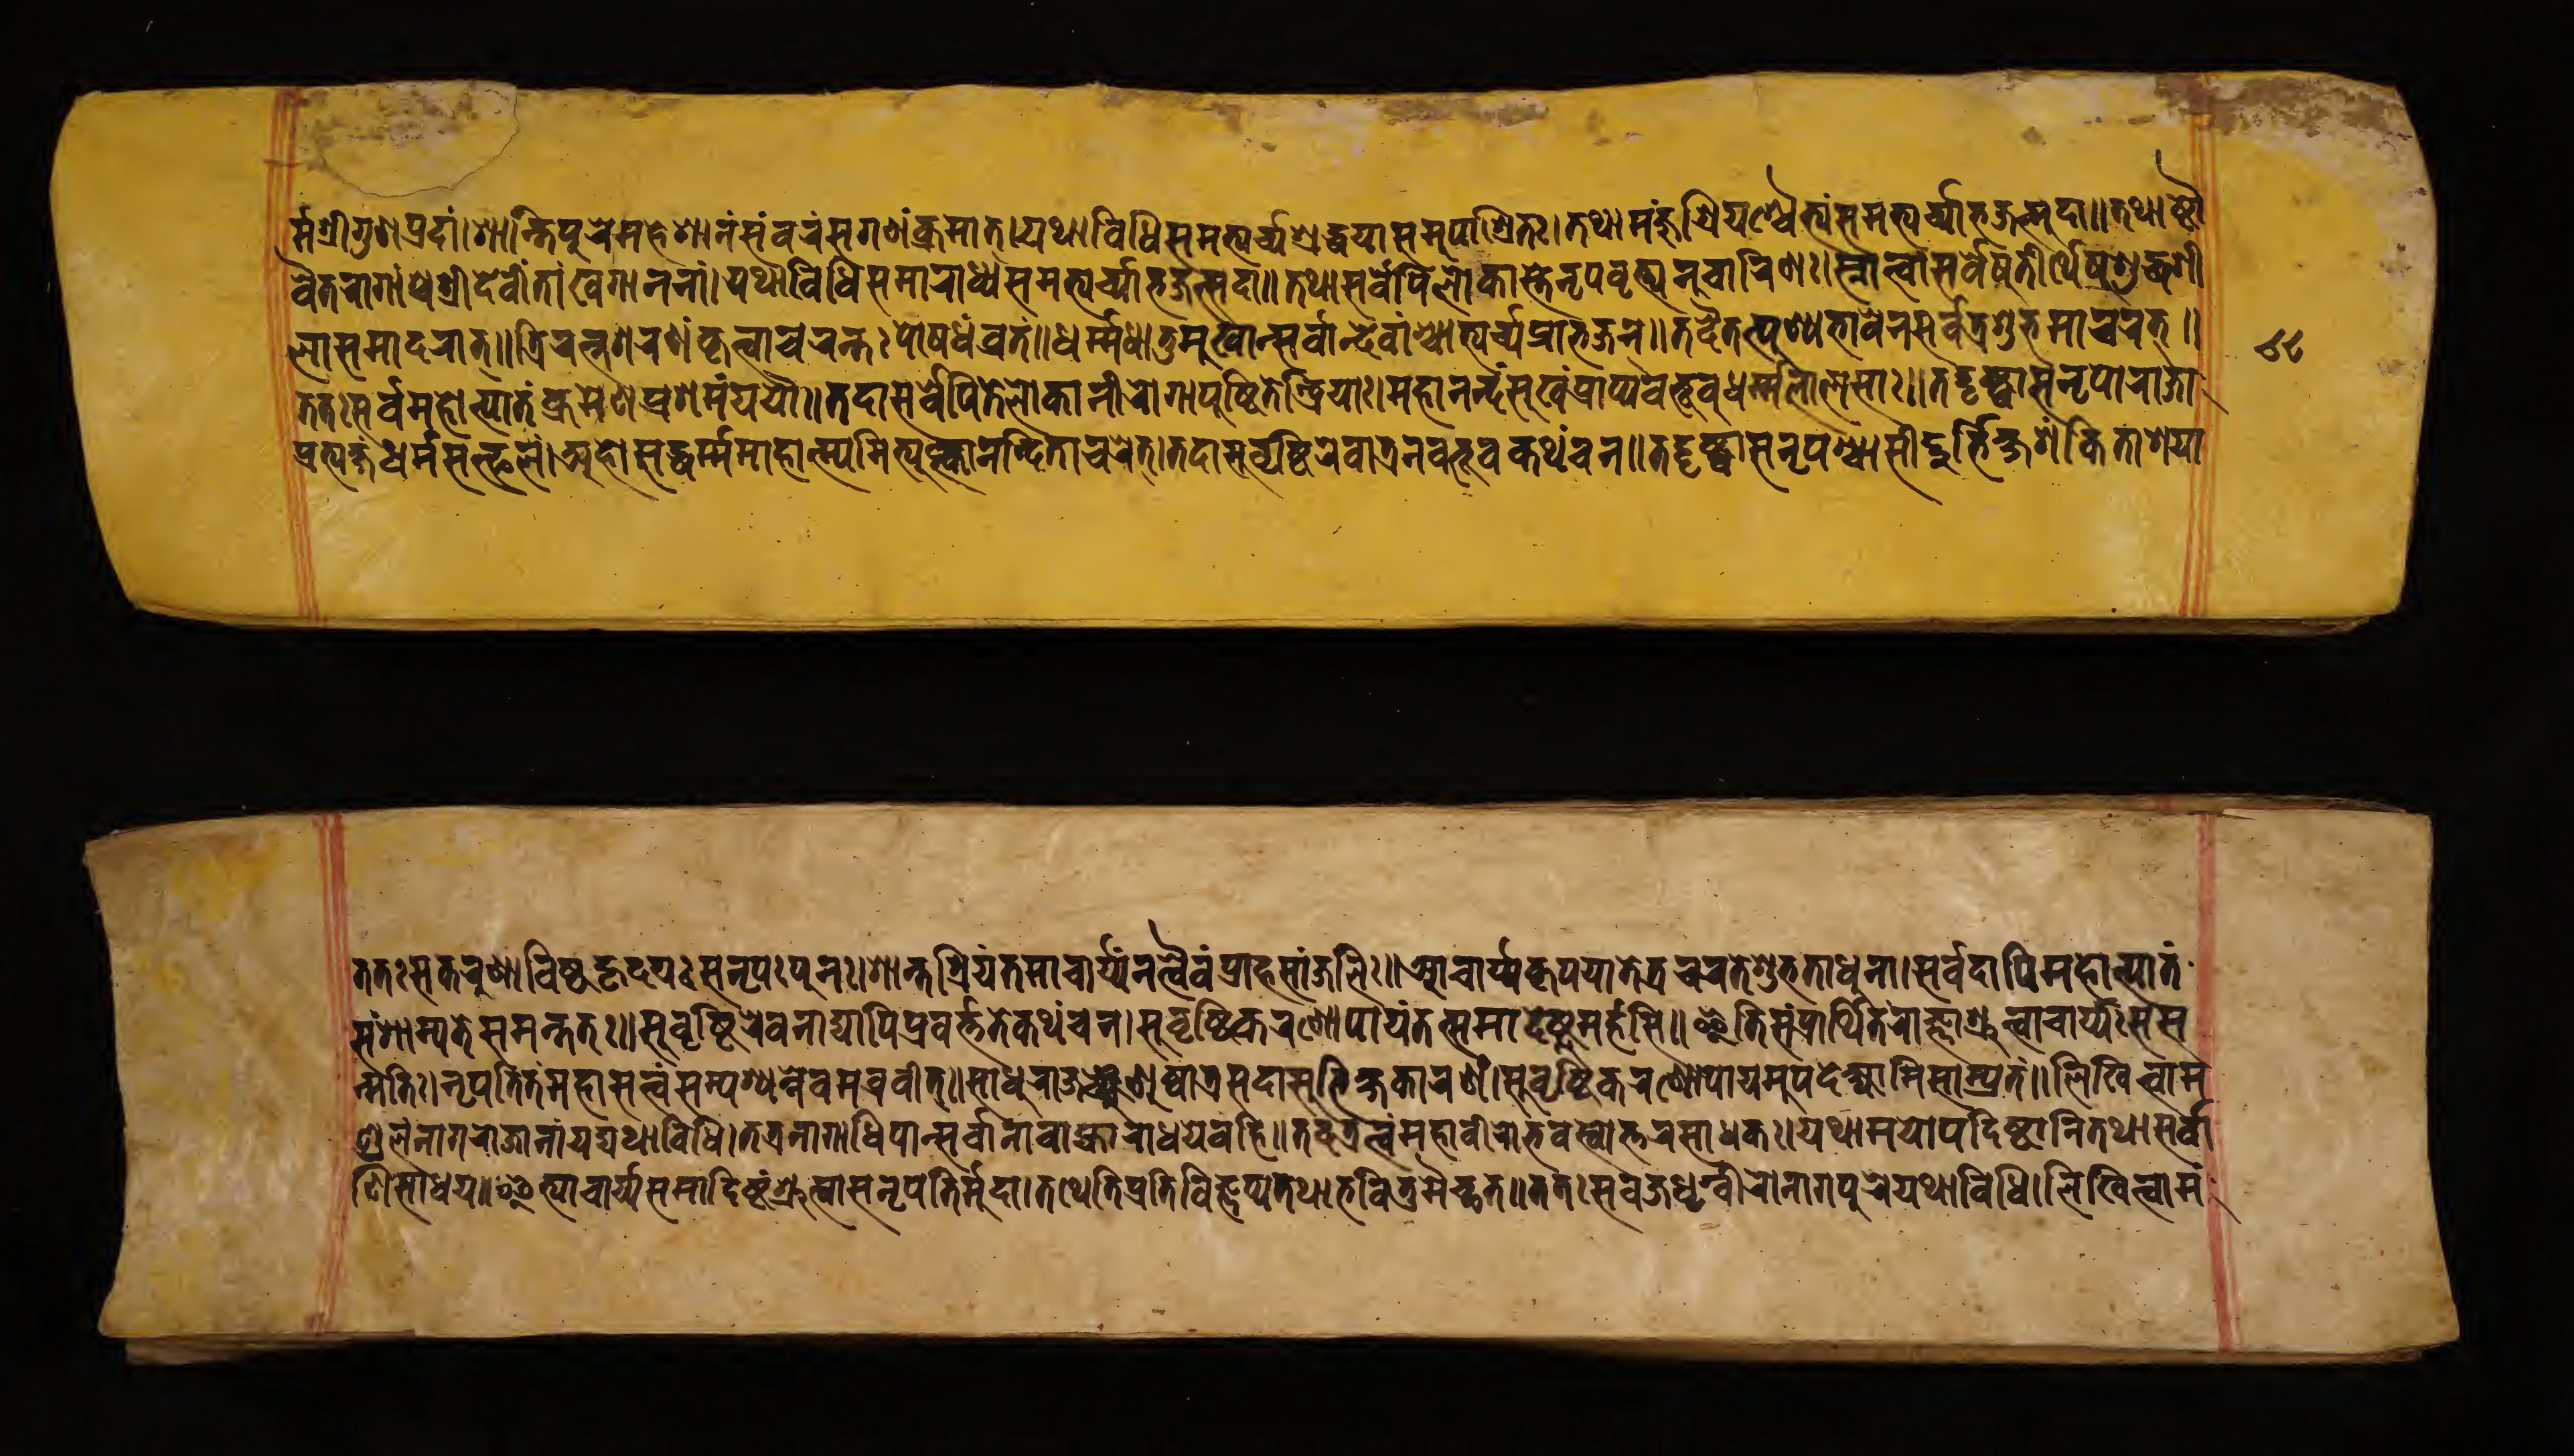
𑐬𑑂𑐩𑑂𑐩𑐱𑑂𑐬𑐷𑐐𑐸𑐞𑐥𑑂𑐬𑐡𑐵𑑄𑑋𑐱𑐵𑐣𑑂𑐟𑐥𑐸𑐬𑐾𑐩𑐴𑐾𑐱𑐵𑐣𑑄𑐳𑐩𑑂𑐧𑐬𑑄𑐳𑐐𑐞𑑄𑐎𑑂𑐬𑐩𑐵𑐟𑑂𑑌𑐫𑐠𑐵𑐰𑐶𑐢𑐶𑐳𑐩𑐨𑑂𑐫𑐬𑑂𑐔𑑂𑐫𑐱𑑂𑐬𑐡𑑂𑐢𑐫𑐵𑐳𑐩𑐸𑐥𑐵𑐱𑑂𑐬𑐶𑐟𑑅𑑋𑐟𑐠𑐵𑐩𑐘𑑂𑐖𑐸𑐱𑑂𑐬𑐷𑐫𑐱𑑂𑐔𑐿𑐟𑑂𑐫𑑄𑐳𑐩𑐨𑑂𑐫𑐬𑑂𑐔𑑂𑐫𑐵𑐨𑐖𑐣𑑂𑐳𑐡𑐵𑑌𑐟𑐠𑐵𑐲𑑂𑐚𑑁 𑐰𑐷𑐟𑐬𑐵𑐐𑐵𑑄𑐱𑑂𑐔𑐱𑑂𑐬𑐷𑐡𑐾𑐰𑐷𑑄𑐱𑑂𑐔𑐏𑐐𑐵𑐣𑐣𑐵𑑄𑑋𑐫𑐠𑐵𑐰𑐶𑐢𑐶𑐳𑐩𑐵𑐬𑐵𑐢𑑂𑐫𑐳𑐩𑐨𑑂𑐫𑐬𑑂𑐔𑑂𑐫𑐵𑐨𑐖𑐟𑑂𑐳𑐡𑐵𑑌𑐟𑐠𑐵𑐳𑐬𑑂𑐰𑐾𑐥𑐶𑐮𑑀𑐎𑐵𑐳𑑂𑐟𑐾𑐣𑐺𑐥𑐰𑐺𑐟𑑂𑐟𑐵𑐣𑐸𑐔𑐵𑐬𑐶𑐞𑑅𑑋𑐳𑑂𑐣𑐵𑐟𑑂𑐰𑐵𑐳𑐬𑑂𑐰𑐾𑐲𑐸𑐟𑐷𑐬𑑂𑐠𑐾𑐲𑐸𑐱𑐸𑐡𑑂𑐢𑐱𑐷 𑐮𑐵𑐳𑐩𑐵𑐡𑐬𑐵𑐟𑑂𑑌𑐟𑑂𑐬𑐶𑐬𑐟𑑂𑐣𑐱𑐬𑐞𑑄𑐎𑐺𑐟𑑂𑐰𑐵𑐔𑐬𑐣𑑂𑐟𑑅𑐥𑑀𑐲𑐢𑑄𑐰𑑂𑐬𑐟𑑄𑑋𑐢𑐬𑑂𑐩𑑂𑐩𑐢𑐵𑐟𑐸𑐩𑐸𑐏𑐵𑐣𑑂𑐳𑐬𑑂𑐰𑐵𑐣𑑂𑐡𑐾𑐰𑐵𑑄𑐱𑑂𑐔𑐵𑐨𑑂𑐫𑐬𑑂𑐔𑑂𑐫𑐥𑑂𑐬𑐵𑐨𑐖𑐣𑑂𑑌𑐟𑐡𑐿𑐟𑐟𑑂𑐥𑐸𑐞𑑂𑐫𑐨𑐵𑐰𑐾𑐣𑐳𑐬𑑂𑐰𑐟𑑂𑐬𑐱𑐸𑐨𑐩𑐵𑐔𑐬𑐟𑑂𑑌 𑐟𑐟𑑅𑐳𑐬𑑂𑐰𑐩𑐴𑑀𑐟𑑂𑐥𑐵𑐟𑑄𑐎𑑂𑐬𑐩𑐾𑐞𑐥𑑂𑐬𑐱𑐩𑑄𑐫𑐫𑑁𑑌𑐟𑐡𑐵𑐳𑐬𑑂𑐰𑐾𑐥𑐶𑐟𑐾𑐮𑑀𑐎𑐵𑐣𑐷𑐬𑑀𑐐𑐵𑑅𑐥𑐸𑐲𑑂𑐚𑐶𑐟𑐾𑐣𑑂𑐡𑑂𑐬𑐶𑐫𑐵𑑅𑑋𑐩𑐴𑐵𑐣𑐣𑑂𑐡𑑄𑐳𑐸𑐏𑑄𑐥𑑂𑐬𑐵𑐥𑑂𑐫𑐧𑐨𑐹𑐰𑐸𑐢𑐬𑑂𑐩𑑂𑐩𑐮𑐵𑐮𑐳𑐵𑑅𑑌𑐟𑐡𑑂𑐡𑐺𑐲𑑂𑐚𑑂𑐰𑐵𑐣𑐣𑐺𑐥𑑀𑐬𑐵𑐖𑐵 𑐥𑑂𑐬𑐟𑑂𑐫𑐎𑑂𑐲𑑄𑐢𑐬𑑂𑐩𑐳𑐟𑑂𑐦𑐮𑑄𑑋𑐀𑐴𑑀𑐳𑐡𑑂𑐢𑐬𑑂𑐩𑐩𑐵𑐴𑐵𑐟𑑂𑐩𑑂𑐫𑐩𑐶𑐟𑑂𑐫𑐸𑐎𑑂𑐟𑑂𑐰𑐵𑐣𑐣𑑂𑐡𑐶𑐟𑐵𑐔𑐬𑐟𑑂𑑌𑐟𑐡𑐵𑐳𑐸𑐰𑐺𑐲𑑂𑐚𑐶𑐬𑐾𑐰𑐵𑐟𑑂𑐬𑐣𑐧𑐨𑐹𑐰𑐎𑐠𑑄𑐔𑐣𑑋𑐟𑐡𑑂𑐡𑐺𑐲𑑂𑐚𑑂𑐰𑐵𑐣𑐣𑐺𑐥𑐱𑑂𑐔𑐵𑐳𑐷𑐡𑑂𑐡𑐸𑐬𑑂𑐨𑐶𑐎𑑂𑐲𑐱𑑄𑐎𑐶𑐟𑐵𑐱𑐫𑐵 𑐟𑐟𑑅𑐳𑐎𑐬𑐸𑐞𑐵𑐰𑐶𑐲𑑂𑐚𑐴𑐺𑐡𑐫𑑅𑐳𑐣𑐺𑐥𑑅𑐥𑐸𑐣𑑅𑑋𑐱𑐵𑐣𑑂𑐟𑐱𑑂𑐬𑐶𑐫𑑄𑐟𑐩𑐵𑐔𑐵𑐬𑑂𑐫𑐣𑐟𑑂𑐰𑐿𑐰𑐥𑑂𑐬𑐵𑐴𑐳𑐵𑐘𑑂𑐖𑐮𑐶𑑅𑑌𑐁𑐔𑐵𑐬𑑂𑐫𑐎𑐺𑐥𑐫𑐵𑐟𑐾𑐟𑑂𑐬𑐔𑐬𑐟𑐾𑐱𑐸𑐨𑐟𑐵𑐢𑐸𑐣𑐵𑑋𑐳𑐬𑑂𑐰𑐡𑐵𑐥𑐶𑐩𑐴𑑀𑐟𑑂𑐥𑐵𑐟𑑄 𑐳𑑄𑐱𑐵𑐩𑑂𑐫𑐟𑐳𑐩𑐣𑑂𑐟𑐟𑑅𑑌𑐳𑐸𑐰𑐺𑐲𑑂𑐚𑐶𑐬𑐾𑐰𑐣𑐵𑐡𑑂𑐫𑐵𑐥𑐶𑐥𑑂𑐬𑐰𑐬𑑂𑐟𑑂𑐟𑐟𑐾𑐎𑐠𑑄𑐔𑐣𑑋𑐳𑐸𑐰𑐺𑐲𑑂𑐚𑐶𑐎𑐬𑐞𑑀𑐥𑐵𑐫𑑄𑐟𑐟𑑂𑐳𑐩𑐵𑐡𑐾𑐲𑑂𑐚𑐸𑐩𑐬𑑂𑐴𑐟𑐶𑑌𑐂𑐟𑐶𑐳𑑄𑐥𑑂𑐬𑐵𑐬𑑂𑐠𑐶𑐟𑑄𑐬𑐵𑐖𑑂𑐘𑐵𑐱𑑂𑐬𑐸𑐟𑑂𑐰𑐵𑐔𑐵𑐬𑑂𑐫𑑅𑐳𑐳 𑐟𑑂𑐩𑐟𑐶𑑅𑑋𑐣𑐺𑐥𑐟𑐶𑑄𑐟𑑄𑐩𑐴𑐵𑐳𑐟𑑂𑐟𑑂𑐰𑑄𑐳𑑄𑐥𑐱𑑂𑐫𑐣𑑂𑐣𑐾𑐰𑐩𑐧𑑂𑐬𑐰𑐷𑐟𑑂𑑌𑐳𑐵𑐢𑐸𑐬𑐵𑐖𑐘𑑂𑐕𑐺𑐞𑐸𑐲𑑂𑐰𑐵𑐟𑑂𑐬𑐳𑐡𑐵𑐳𑐸𑐨𑐶𑐎𑑂𑐲𑐎𑐵𑐬𑐞𑑄𑑋𑐳𑐸𑐰𑐺𑐲𑑂𑐚𑐶𑐎𑐬𑐞𑑀𑐥𑐵𑐫𑐩𑐸𑐥𑐡𑐾𑐎𑑂𑐲𑑂𑐫𑐵𑐩𑐶𑐳𑐵𑑄𑐥𑑂𑐬𑐟𑑄𑑌𑐮𑐶𑐏𑐶𑐟𑑂𑐰𑐵𑐩 𑐞𑑂𑐜𑐮𑑄𑐣𑐵𑐐𑐬𑐵𑐖𑐵𑐣𑐵𑑄𑐫𑐡𑑂𑐫𑐠𑐵𑐰𑐶𑐢𑐶𑑋𑐟𑐟𑑂𑐬𑐣𑐵𑐐𑐵𑐢𑐶𑐥𑐵𑐣𑑂𑐳𑐬𑑂𑐰𑐵𑐣𑐵𑐰𑐵𑐴𑑂𑐫𑐵𑐬𑐵𑐢𑐫𑐾𑐰𑐴𑐶𑑌𑐟𑐡𑐟𑑂𑐬𑐟𑑂𑐰𑑄𑐩𑐴𑐵𑐰𑐷𑐬𑐵𑐨𑐰𑐳𑑂𑐰𑐵𑐟𑑂𑐟𑐬𑑅𑐳𑐵𑐢𑐎𑑅𑑋𑐫𑐠𑐵𑐩𑐵𑐫𑑀𑐥𑐡𑐶𑐲𑑂𑐚𑐵𑐣𑐶𑐟𑐠𑐵𑐳𑐬𑑂𑐰𑐵 𑐞𑐶𑐳𑐵𑐢𑐫𑑌𑐂𑐟𑑂𑐫𑐵𑐔𑐵𑐬𑑂𑐫𑐳𑐩𑐵𑐡𑐶𑐲𑑂𑐚𑑄𑐱𑑂𑐬𑐸𑐟𑑂𑐰𑐵𑐳𑐣𑐺𑐥𑐟𑐶𑐬𑑂𑐩𑐸𑐡𑐵𑑋𑐟𑐠𑐾𑐟𑐶𑐥𑑂𑐬𑐟𑐶𑐰𑐶𑐖𑑂𑐘𑐥𑑂𑐫𑐟𑐠𑐵𑐨𑐰𑐶𑐟𑐸𑐩𑐿𑐔𑑂𑐕𑐟𑑌𑐟𑐟𑑅𑐳𑐰𑐖𑑂𑐬𑐢𑐺𑐐𑑂𑐰𑐵𑐬𑐵𑐣𑐵𑐐𑐥𑐸𑐬𑑄𑐫𑐠𑐵𑐰𑐶𑐢𑐶𑑋𑐮𑐶𑐏𑐶𑐟𑑂𑐰𑐵𑐩 𑑘𑑘